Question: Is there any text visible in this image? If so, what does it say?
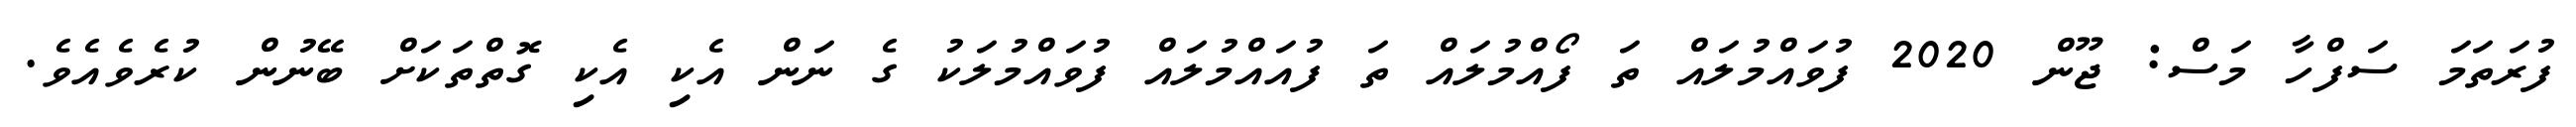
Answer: ފުރަތަމަ ސަފްހާ މަސް: ޖޫން 2020 ފުވައްމުލައް ތަ ފޯއްމުލައް ތަ ފުއައްމުލައް ފުވައްމުލަކު ގެ ނަން އެކި އެކި ގޮތްތަކަށް ބޭނުން ކުރެވެއެވެ.